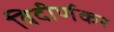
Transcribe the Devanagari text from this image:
विदीर्णकर